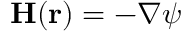
{ \mathbf { H } } ( { \mathbf { r } } ) = - \nabla \psi